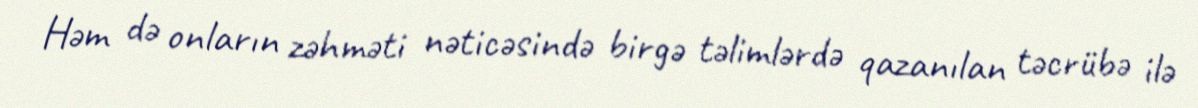
Həm də onların zəhməti nəticəsində birgə təlimlərdə qazanılan təcrübə ilə